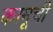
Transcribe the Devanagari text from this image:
कामूची